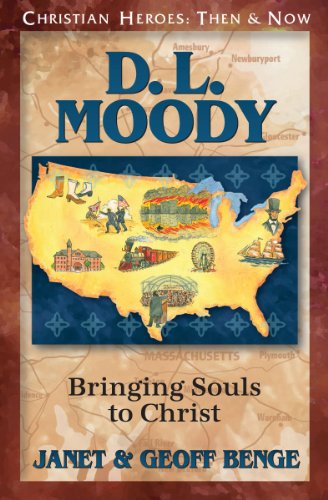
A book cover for D. L. Moody: Bringing Souls to Christ (Christian Heroes: Then & Now); Janet Benge; Children's Books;